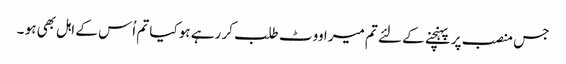
جس منصب پر پہنچنے کے لئے تم میرا ووٹ طلب کر رہے ہو کیا تم اُس کے اہل بھی ہو ۔